Leningradi_Edasi_toimetus, lk 144
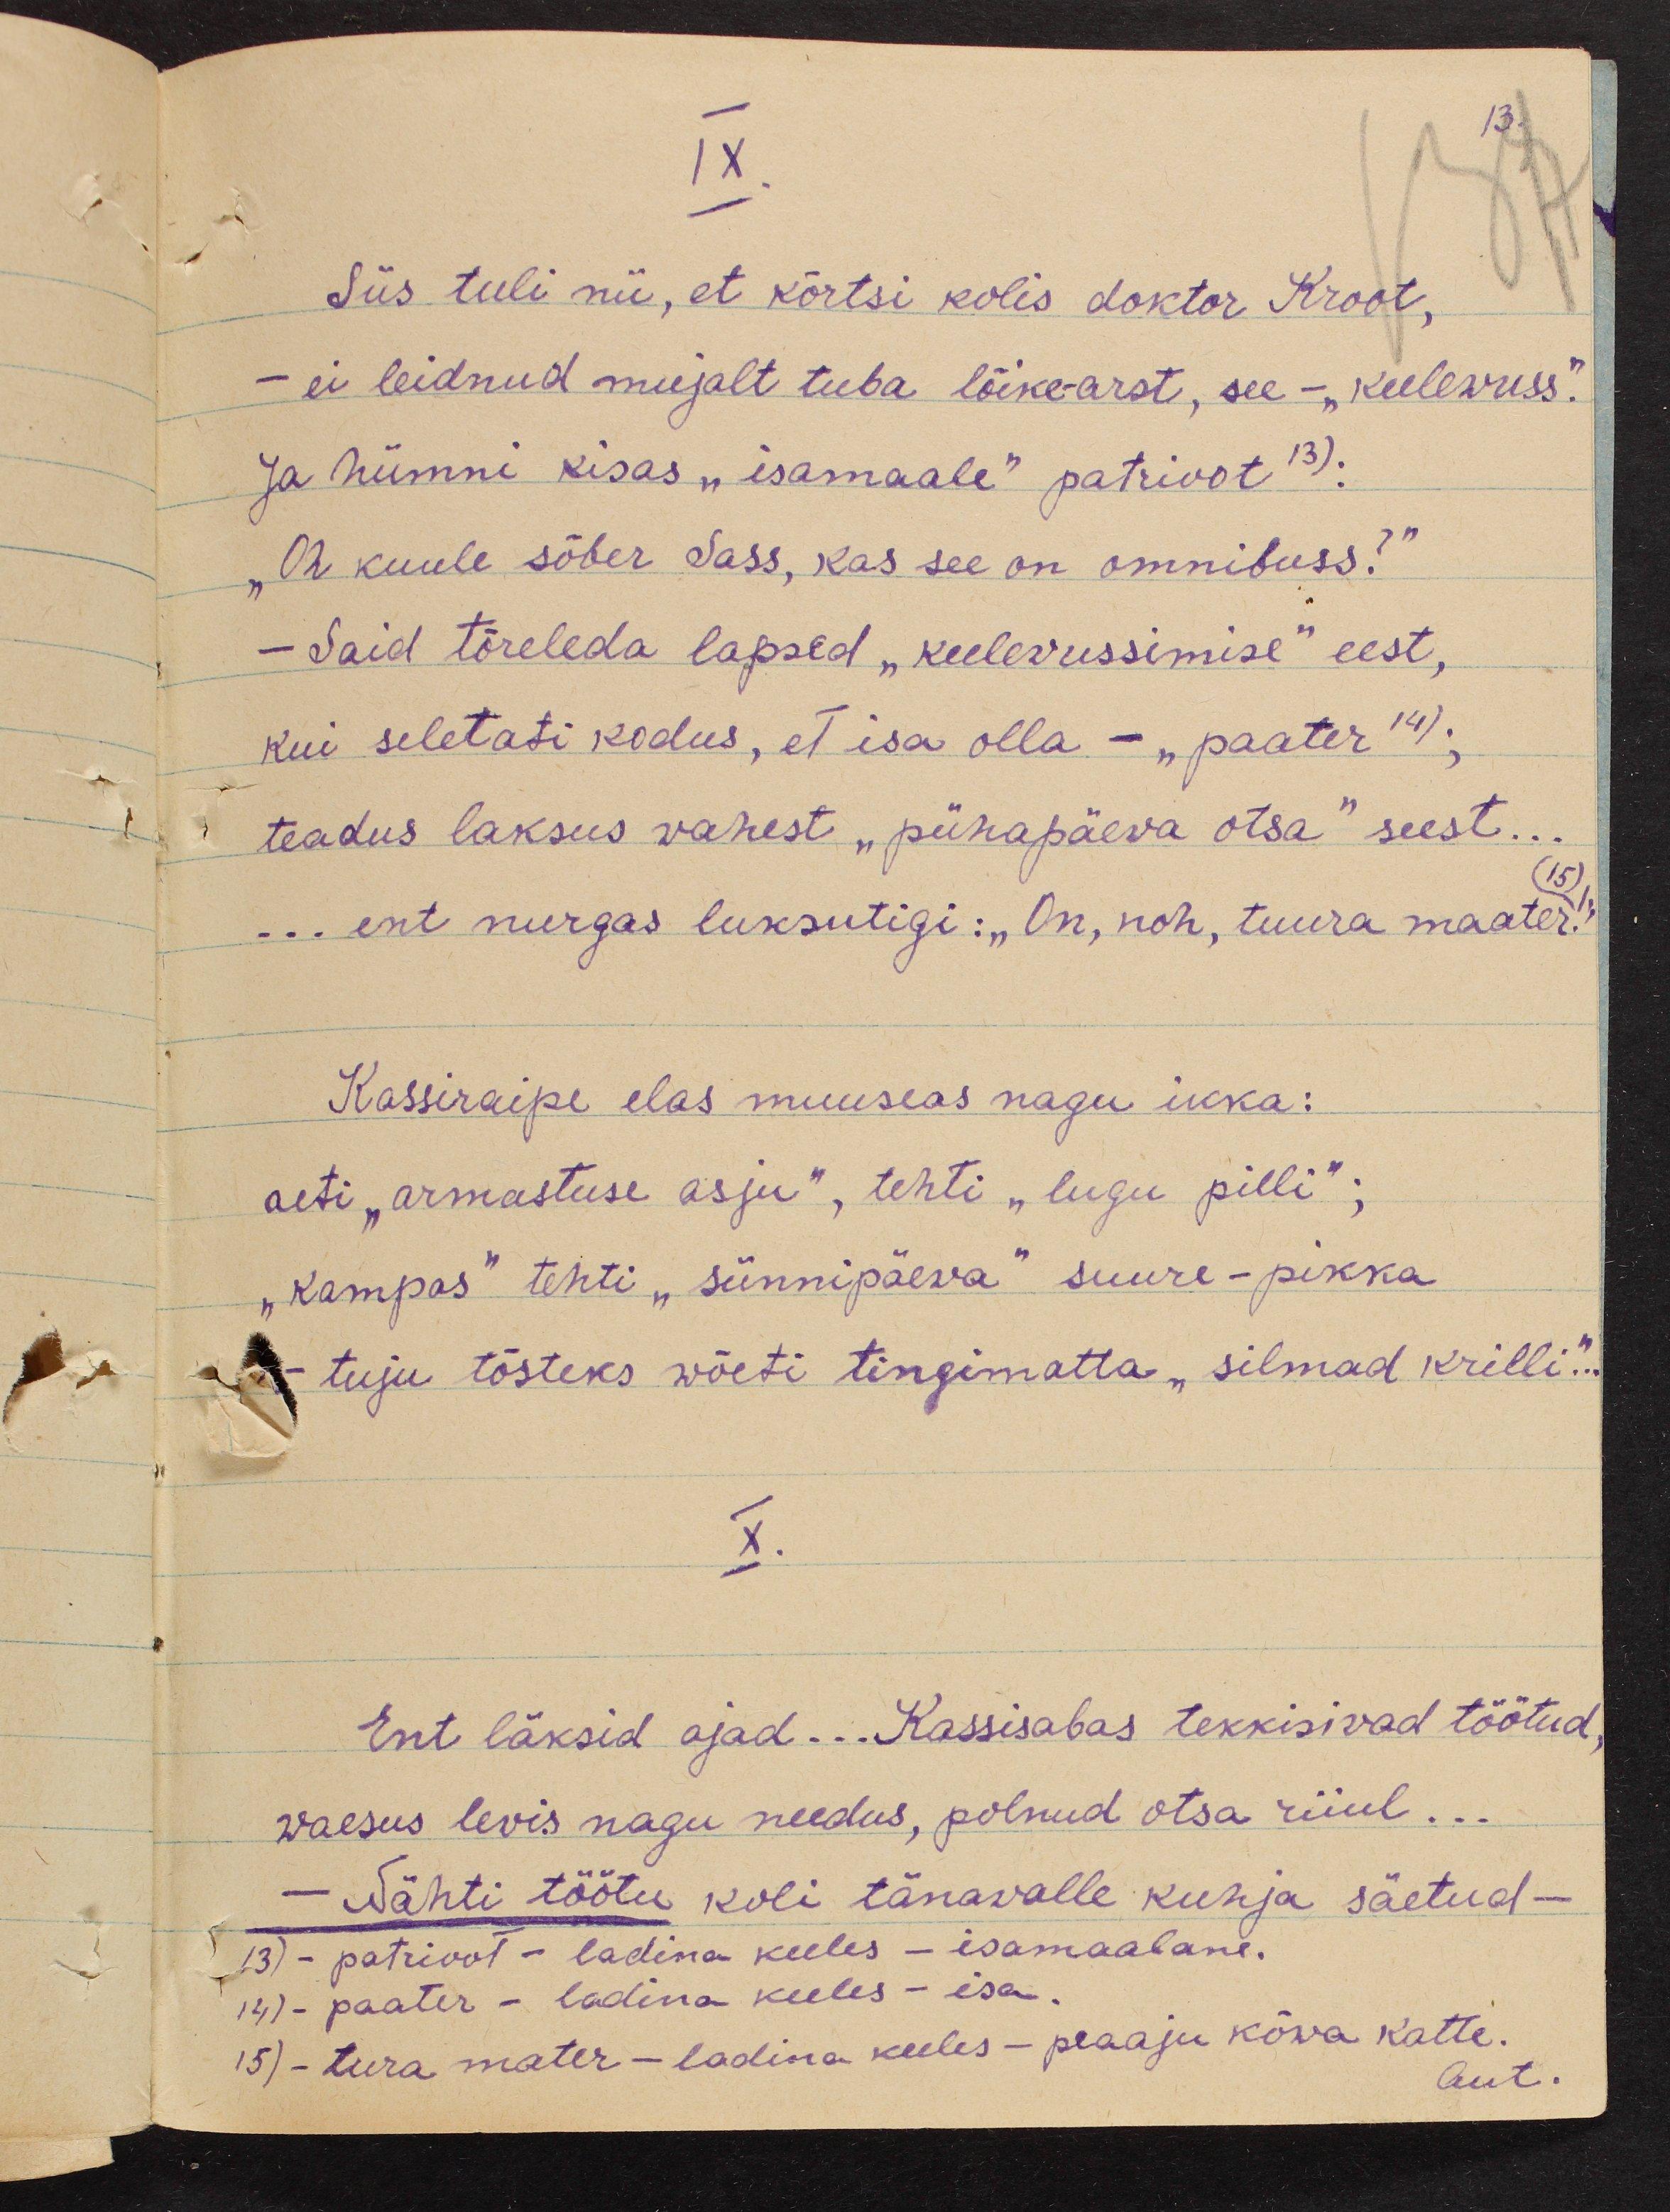
IX.
13.
Siis tuli nii, et kõrtsi kolis doktor Kroot,
- ei leidnud mujalt tuba lõike-arst, see - "keelewuss."
Ja hümni kisas "isamaale" patrioot 13):
„Oh kuule sõber Sass, kas see on ommibuss?“
- Said tõreleda lapsed "keelewussimise" eest,
kui seletati kodus, et isa olla - "paater 14);
teadus laksus vahest "pühapäeva otsa" seest...
... ent nurgas luksutigi: "On, noh, tuura maater!"
15)
Kassiraipe elas muuseas nagu ikka:
aeti "armastuse asju", tehti "lugu pilli";
"kampas" tehti "sünnipäewa" suure-pikka
tuju tõsteks wõeti tingimatta "silmad krilli..."
X.
Ent läksid ajad... Kassisabas tekkisivad töötud,
waesus levis nagu needus, polnud otsa riiul...
- Nähti töötu koli tänavalle kuhja säetud -
13) - patrioot - ladina keeles - isamaalane.
14)- paater - ladina keeles - isa.
15) - tura mater - ladina keeles - peaaju kõwa katte.
aut.